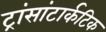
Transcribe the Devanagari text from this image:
ट्रांसांटार्कटिक